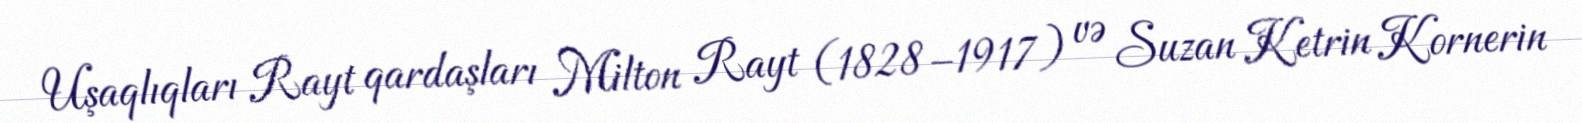
Uşaqlıqları Rayt qardaşları Milton Rayt (1828–1917) və Suzan Ketrin Kornerin